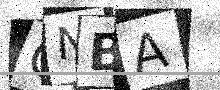
Text: CNBA